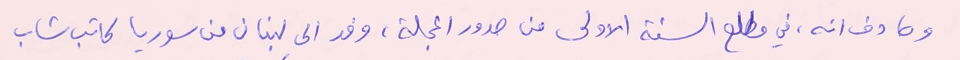
وصادف انه، في مطلع السنة الاولى من صدور المجلة، وفد الى لبنان من سوريا كاتب شاب